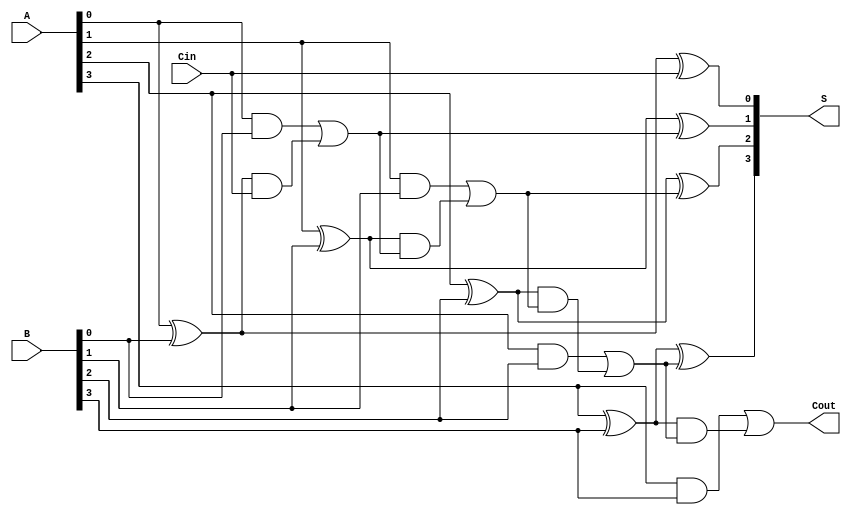
module CarryLookaheadAdder #(parameter N = 4) (
    input [N-1:0] A,       // First n-bit input
    input [N-1:0] B,       // Second n-bit input
    input Cin,             // Carry-in
    output [N-1:0] S,      // n-bit sum output
    output Cout            // Carry-out signal
);

    // Generate and propagate signals
    wire [N-1:0] G;  // Generate signals
    wire [N-1:0] P;  // Propagate signals
    wire [N:0] C;    // Carry signals

    // Generate and propagate logic
    genvar i;
    generate
        for (i = 0; i < N; i = i + 1) begin: gen_prop
            assign G[i] = A[i] & B[i];        // Generate signal
            assign P[i] = A[i] ^ B[i];        // Propagate signal
        end
    endgenerate

    // Carry signals calculation
    assign C[0] = Cin; // Carry-in

    generate
        for (i = 1; i <= N; i = i + 1) begin: carry_calc
            assign C[i] = G[i - 1] | (P[i - 1] & C[i - 1]); // Carry logic
        end
    endgenerate

    // Sum calculation
    generate
        for (i = 0; i < N; i = i + 1) begin: sum_calc
            assign S[i] = P[i] ^ C[i]; // Sum output
        end
    endgenerate

    assign Cout = C[N]; // Carry-out

endmodule